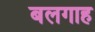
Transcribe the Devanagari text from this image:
बलगाह